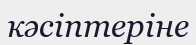
кәсіптеріне